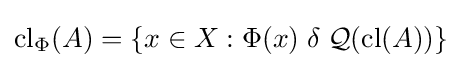
{\mbox{cl}}_{\Phi }(A)=\left\{x\in X:{\Phi (x)}\mathrel {\delta } {\mathcal {Q}}({\mbox{cl}}(A))\right\}